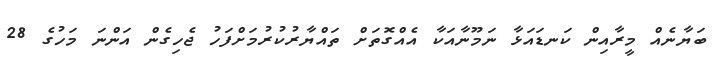
ބަޔާނެއް މީރާއިން ކަނޑައަޅާ ނަމޫނާއަކާ އެއްގޮތަށް ތައްޔާރުކުރުމަށްފަހު ޖެހިގެން އަންނަ މަހުގެ 28